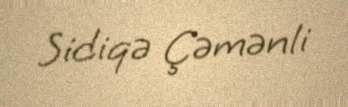
Sidiqə Çəmənli